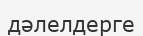
дәлелдерге